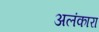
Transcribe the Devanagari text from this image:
अलंकारा